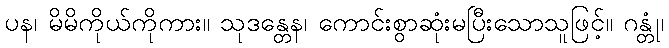
ပန၊ မိမိကိုယ်ကိုကား။ သုဒန္တေန၊ ကောင်းစွာဆုံးမပြီးသောသူဖြင့်။ ဂန္တုံ၊